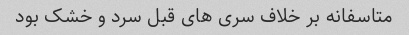
متاسفانه بر خلاف سرى هاى قبل سرد و خشک بود